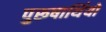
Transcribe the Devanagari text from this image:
पुरूषार्थियों